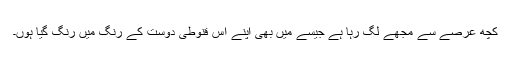
کچھ عرصے سے مجھے لگ رہا ہے جیسے میں بھی اپنے اِس قنوطی دوست کے رنگ میں رنگ گیا ہوں۔